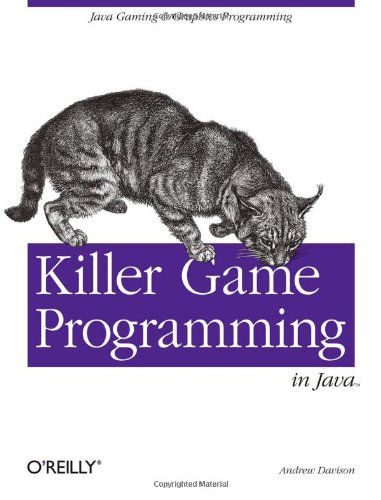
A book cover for Killer Game Programming in Java; Andrew Davison; Computers & Technology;